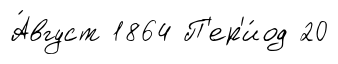
А́вгуст 1864 П'ер'и́од 20